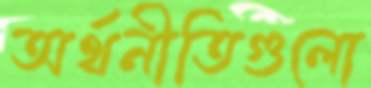
অর্থনীতিগুলো